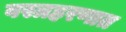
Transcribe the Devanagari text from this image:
वस्त्रहरणात